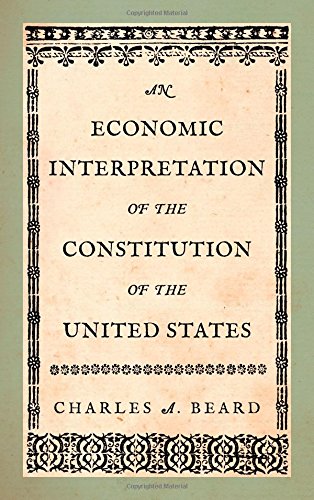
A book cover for An Economic Interpretation of the Constitution of the United States; Charles A. Beard; Business & Money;